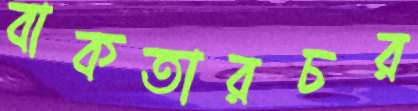
বাকতারচর